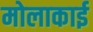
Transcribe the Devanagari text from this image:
मोलाकाई